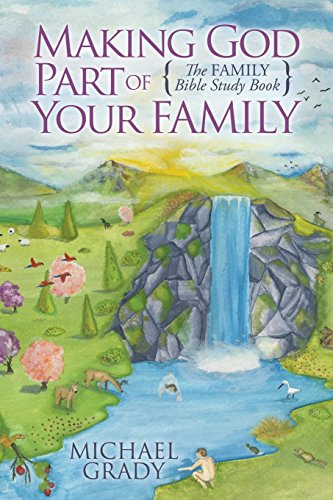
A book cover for Making God Part of Your Family: The Family Bible Study Book (Morgan James Faith); Michael Grady; Christian Books & Bibles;